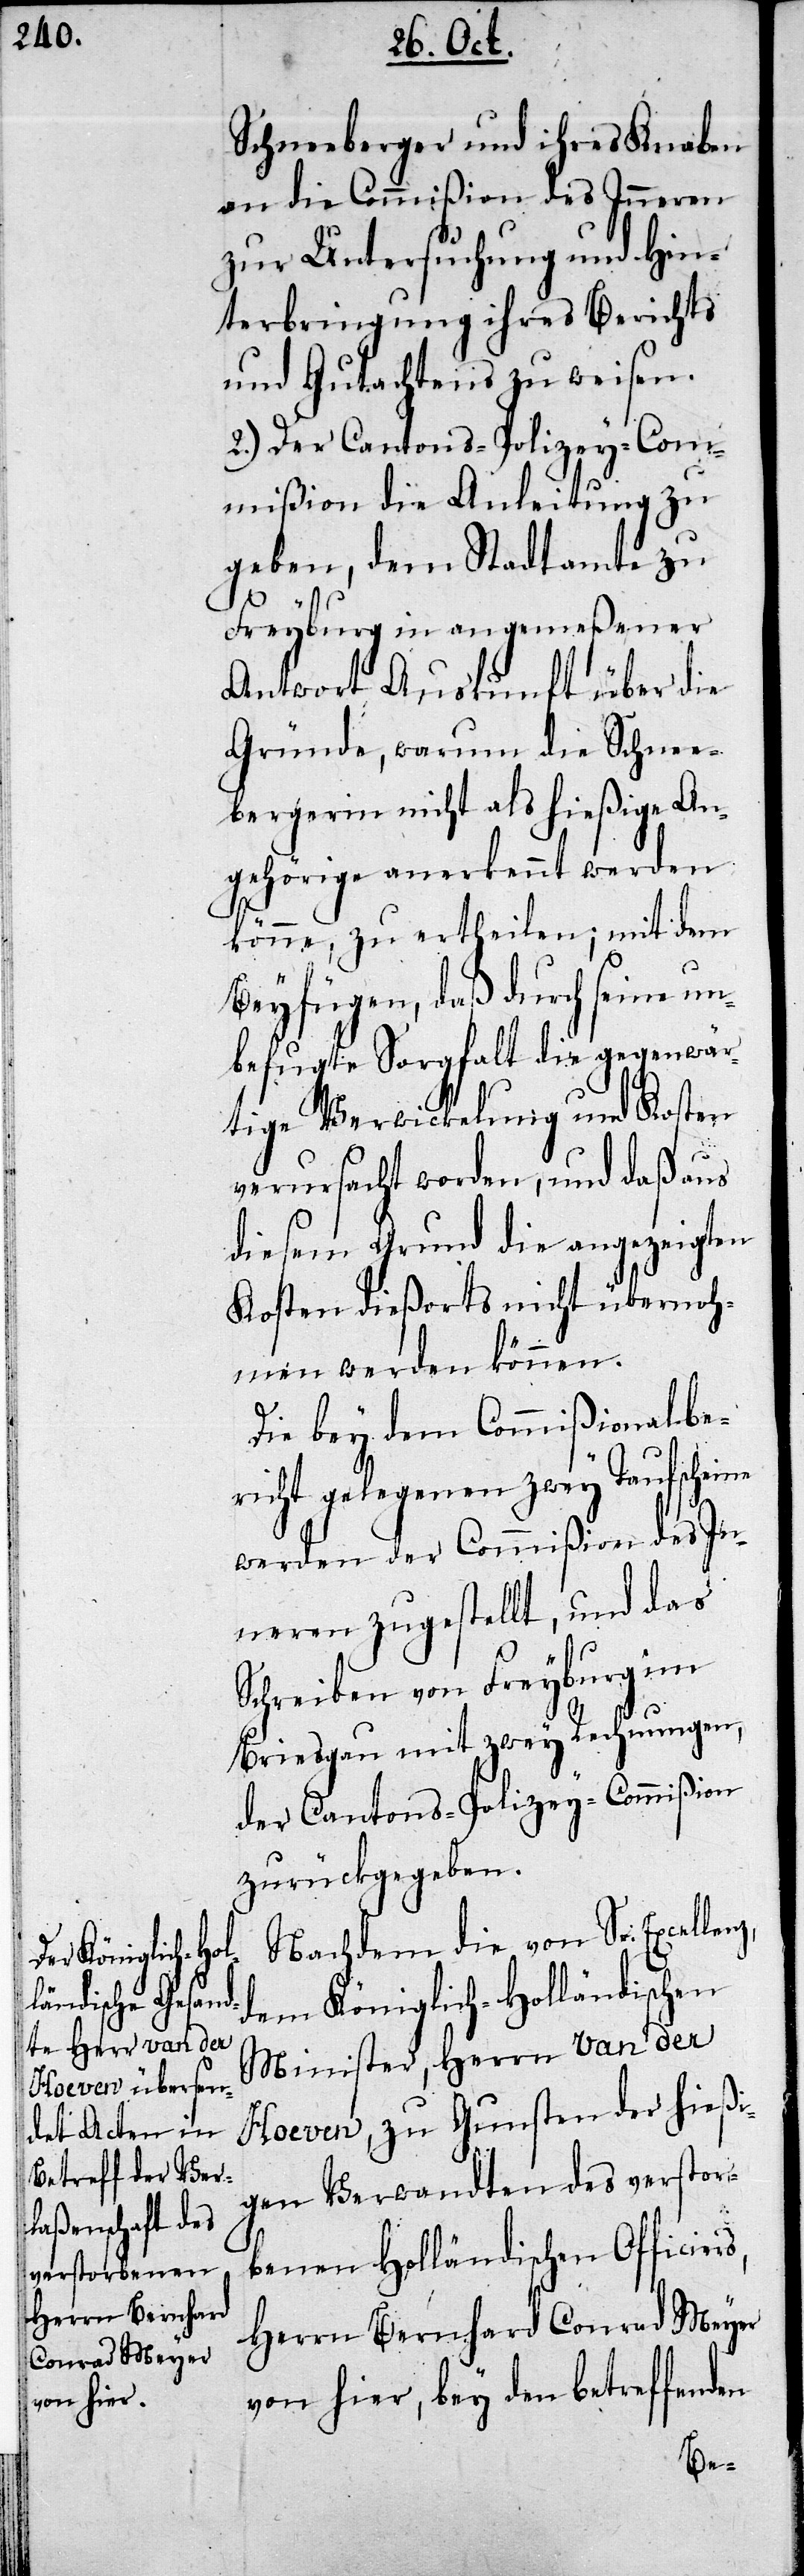
Schneeberger und ihres Knaben
an die Commißion des Inneren
zur Untersuchung und Hin¬
terbringung ihres Berichts
und Gutachtens zu weisen.
2.) Der Cantons-Polizey-Com¬
mißion die Anleitung zu
geben, dem Stadtamte zu
Freyburg in angemeßenener
Antwort Auskunft über die
Gründe, warum die Schnee¬
bergerin nicht als hießige An¬
gehörige anerkannt werden
könne, zu ertheilen; mit dem
Beyfügen, daß durch seine un¬
befugte Sorgfalt die gegenwär¬
tige Verwicklung und Kosten
verursacht worden, und daß aus
diesem Grund die angezeigten
Kosten dießorts nicht übernoh¬
men werden können.
Die bey dem Commißionalbe¬
richt gelegenen zwey Taufscheine
werden der Commißion des In¬
neren zugestellt, und das
Schreiben von Freyburg im
Bresigau mit zwey Rechnungen,
der Cantons-Polizey-Commißion
zurückgegeben.
Nachdem die von Sr.
dem Königlich-Holländischen
Minister, Herrn van der
Hoeven, zu Gunsten der hießi¬
gen Verwandten des verstor¬
benen Holländischen Officie¬
Herrn Bernhard Conrad Meyer
von hier, bey den betreffenden
rs,